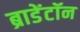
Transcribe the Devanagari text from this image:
ब्राडेंटॉन